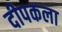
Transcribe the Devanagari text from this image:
दीपकला